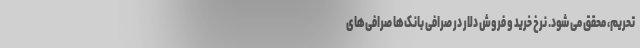
تحریم، محقق می شود. نرخ خرید و فروش دلار در صرافی بانک‌ها صرافی‌های